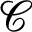
\mathcal { C }